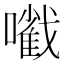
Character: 㘍